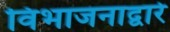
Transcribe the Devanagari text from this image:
विभाजनाद्वारे